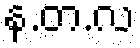
န.တ.လ